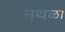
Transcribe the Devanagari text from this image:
मथळा